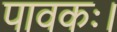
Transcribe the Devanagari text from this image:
पावकः।